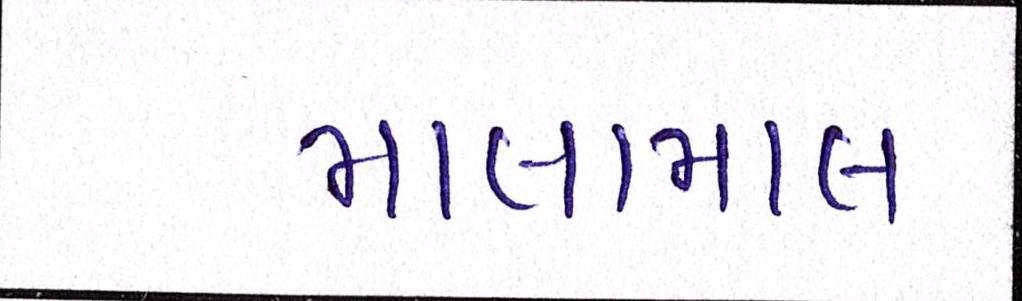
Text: માલામાલ